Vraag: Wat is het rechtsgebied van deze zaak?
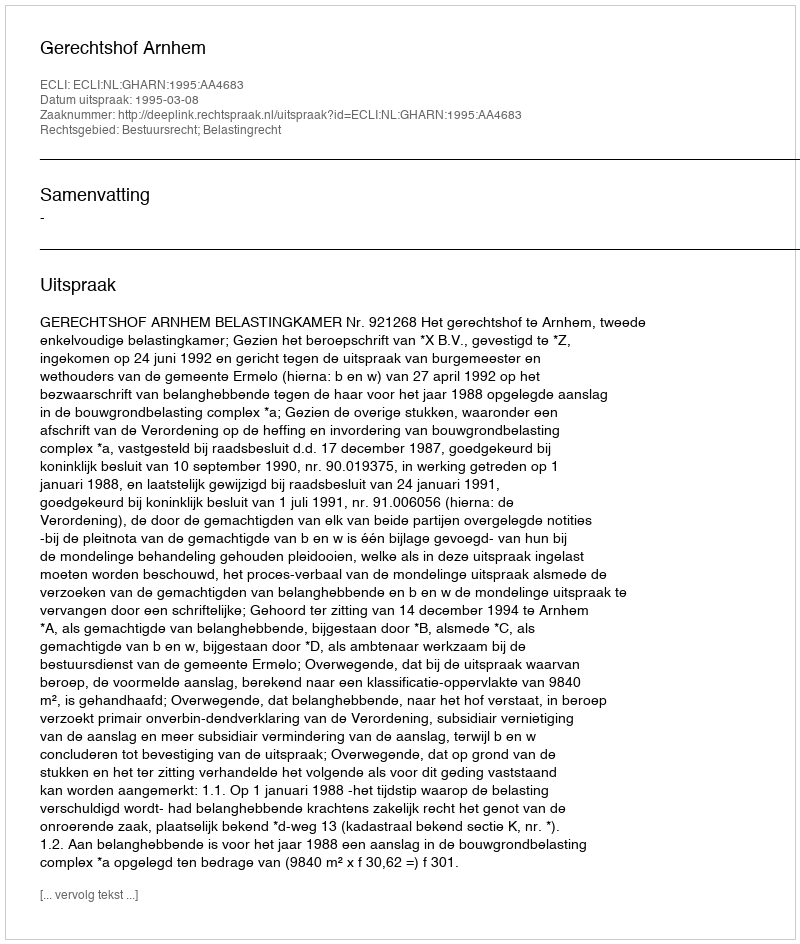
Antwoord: Bestuursrecht; Belastingrecht